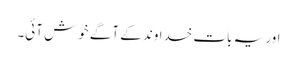
اور یہ بات خداوند کے آگے خوش آئی۔